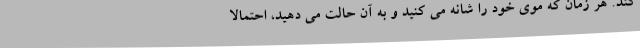
کند. هر زمان که موی خود را شانه می کنید و به آن حالت می دهید، احتمالا